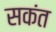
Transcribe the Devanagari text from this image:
सकंत